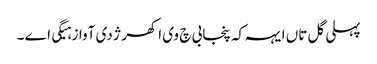
پہلی گل تاں ایہہ کہ پنجابی چ وی اکھر ژ دی آواز ہیگی اے ۔